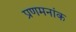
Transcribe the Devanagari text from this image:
प्रणमनांक